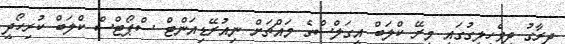
ދިރާގު ދިވެހިލީގުގައި މިރޭ ކްލަބް އީގަލްސްގެ މައްޗަށް ނިއުރޭޑިއަންޓް ސްޕޯޓްސް ކްލަބް ކުރިހޯދީ